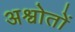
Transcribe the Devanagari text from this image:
अश्वोतों